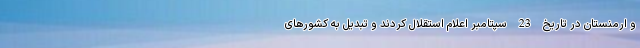
و ارمنستان در تاریخ 23 سپتامبر اعلام استقلال کردند و تبدیل به کشورهای